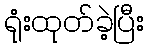
ရုံးထုတ်ခဲ့ပြီး